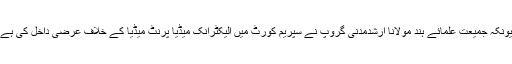
کیونکہ جمیعت علمائے ہند مولانا ارشدمدنی گروپ نے سپریم کورٹ میں الیکٹرانک میڈیا پرنٹ میڈیا کے خلاف عرضی داخل کی ہے ۔